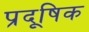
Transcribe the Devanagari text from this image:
प्रदूषिक